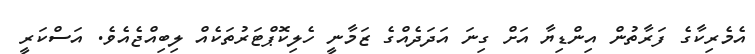
އެމެރިކާގެ ފަރާތުން އިންޑިޔާ އަށް ގިނަ އަދަދެއްގެ ޒަމާނީ ހެލިކޮޕްޓަރުތަކެއް ލިބިއްޖެއެވެ. އަސްކަރީ